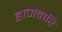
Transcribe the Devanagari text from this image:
हाजवारि